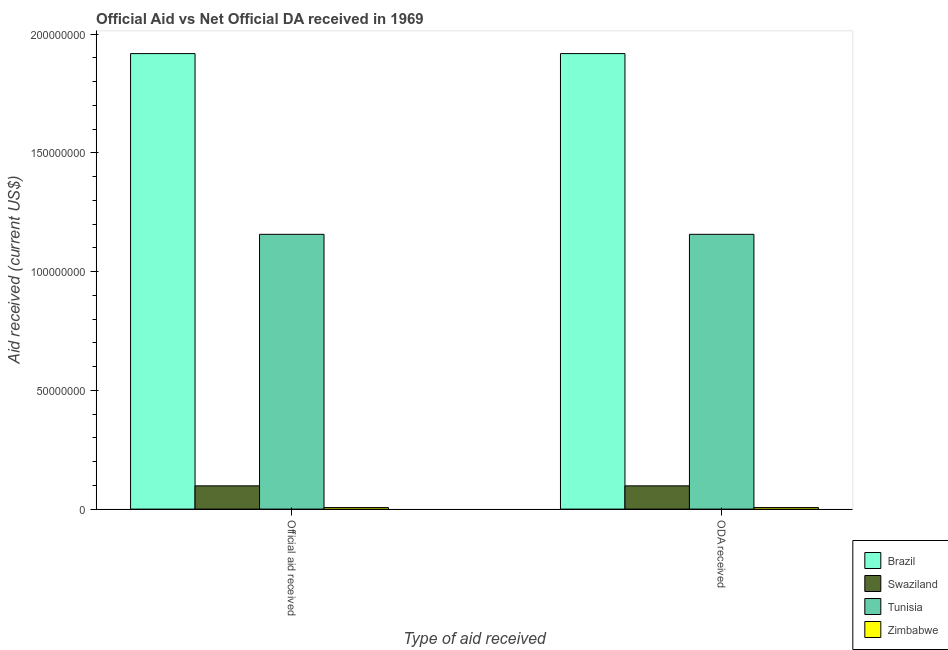
| Type of aid received | Brazil | Swaziland | Tunisia | Zimbabwe |
 | --- | --- | --- | --- | --- |
 | Official aid received | 1.92e+08 | 9.79e+06 | 1.16e+08 | 6.5e+05 |
 | ODA received | 1.92e+08 | 9.79e+06 | 1.16e+08 | 6.5e+05 |